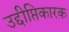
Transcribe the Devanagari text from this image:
उद्दीप्तिकारक